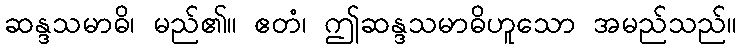
ဆန္ဒသမာဓိ၊ မည်၏။ ဧတံ၊ ဤဆန္ဒသမာဓိဟူသော အမည်သည်။